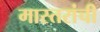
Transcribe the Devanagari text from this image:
मास्तरांची